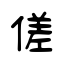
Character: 傞